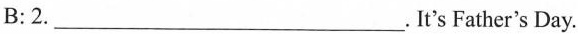
B: 2___. It's Father's Day.